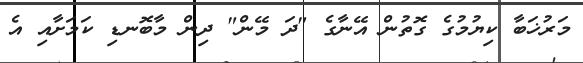
މަރުޚަބާ ކިޔުމުގެ ގޮތުން އޭނާގެ "ދަ މޭން" ދިން މާބޮނޑި ކަމަށާއި އެ